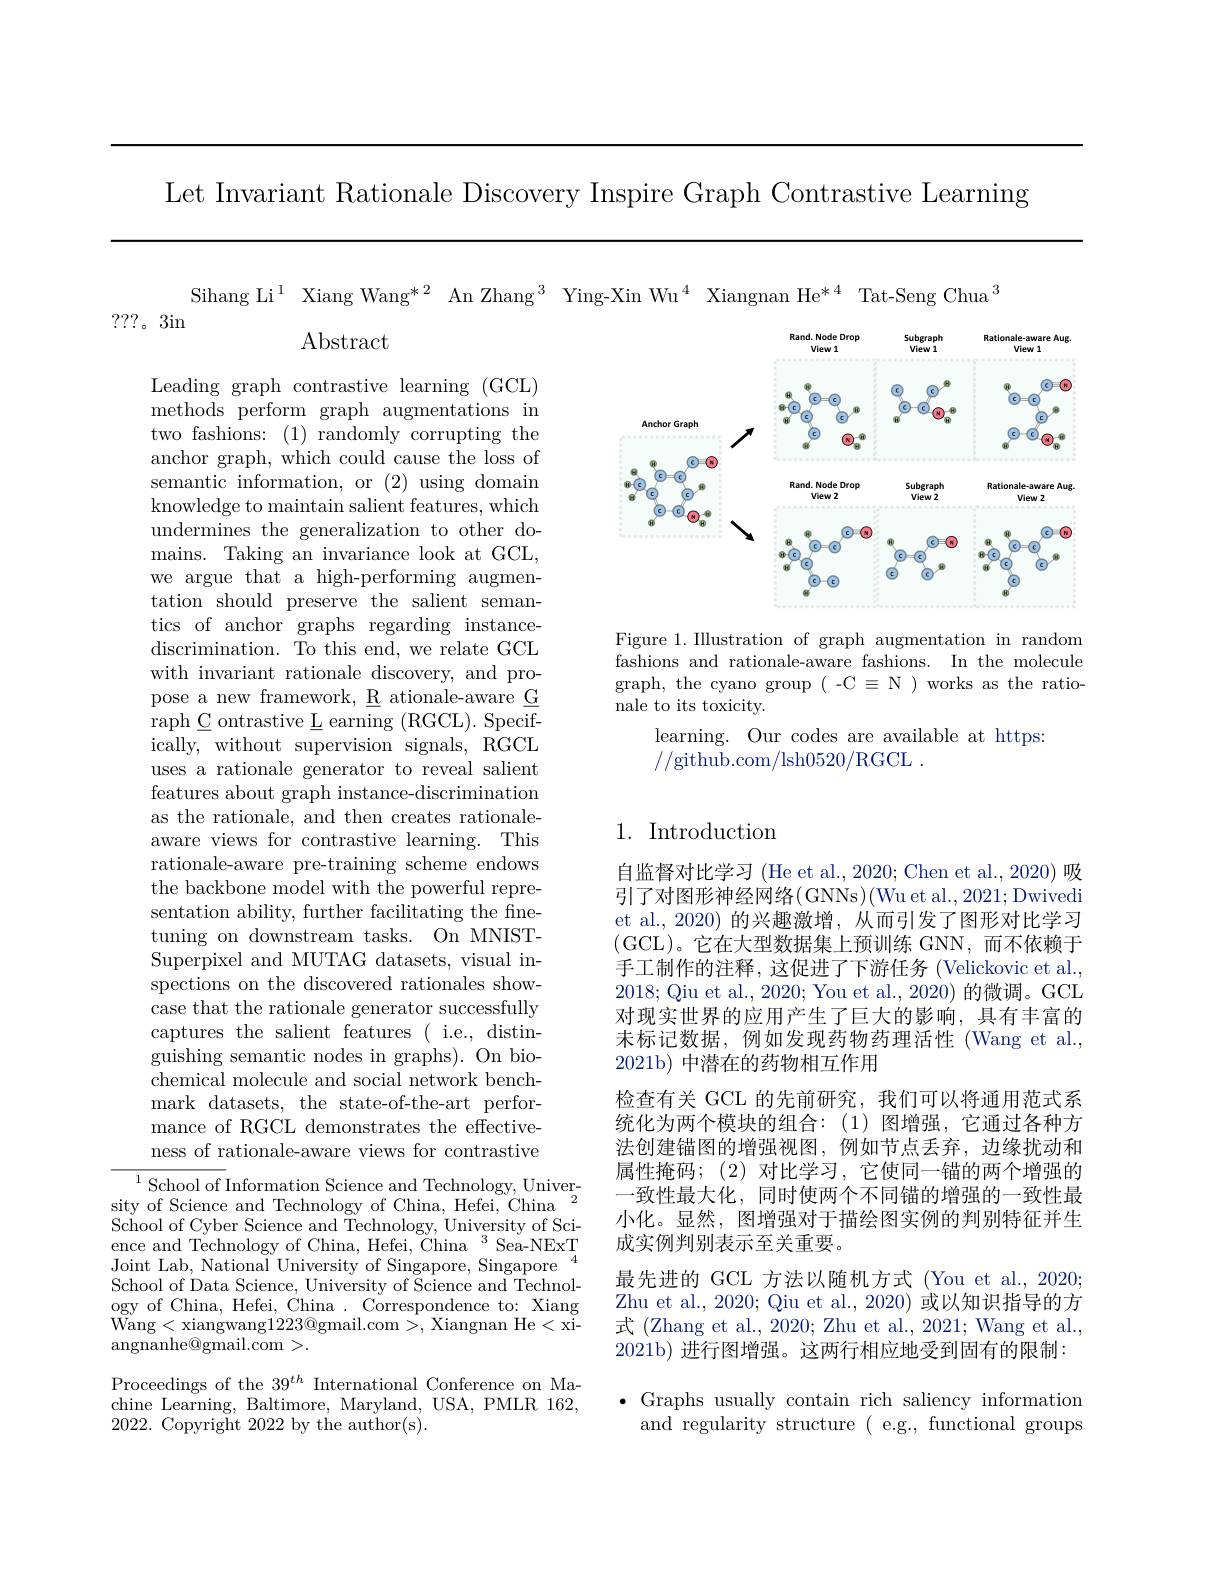
Let Invariant Rationale Discovery Inspire Graph Contrastive Learning

Sihang Li$^1$ Xiang Wang*2 An Zhang$^3$ Ying-Xin Wu$^4$ Xiangnan He$^*4$ Tat-Seng Chua$^3$
???。3in
Abstract
<FigureHere>

Figure 1. Illustration of graph augmentation in random fashions and rationale-aware fashions. In the molecule graph, the cyano group (-C $\equiv$N )works as the rationale to its toxicity.
learning. Our codes are available at https:
//github.com/lsh0520/RGCL.

Leading graph contrastive learning (GCL) methods perform graph augmentations in two fashions: (1) randomly corrupting the anchor graph, which could cause the loss of semantic information, or (2) using domain knowledge to maintain salient features, which undermines the generalization to other domains. Taking an invariance look at GCL, we argue that a high-performing augmentation should preserve the salient semantics of anchor graphs regarding instancediscrimination. To this end, we relate GCL with invariant rationale discovery, and propose a new framework, R ationale-aware G raph C ontrastive L earning (RGCL). Specifically, without supervision signals, RGCL uses a rationale generator to reveal salient features about graph instance-discrimination as the rationale, and then creates rationaleaware views for contrastive learning. This rationale-aware pre-training scheme endows the backbone model with the powerful representation ability, further facilitating the finetuning on downstream tasks. On MNISTSuperpixel and MUTAG datasets, visual inspections on the discovered rationales showcase that the rationale generator successfully captures the salient features ( i.e., distinguishing semantic nodes in graphs). On biochemical molecule and social network benchmark datasets, the state-of-the-art performance of RGCL demonstrates the effectiveness of rationale-aware views for contrastive $^{1}$School of Information Science and Technology, Univer-

## 1. Introduction

自监督对比学习 (He et al., 2020; Chen et al., 2020) 吸引了对图形神经网络(GNNs)(Wu et al., 2021; Dwivedi et al., 2020) 的兴趣激增，从而引发了图形对比学习(GCL)。它在大型数据集上预训练 GNN,而不依赖于手工制作的注释，这促进了下游任务 (Velickovic et al. 2018; Qiu et al., 2020; You et al., 2020) 的微调。GCL 对现实世界的应用产生了巨大的影响，具有丰富的末标记数据，例如发现药物药理活性(Wang et al., 2021b) 中潜在的药物相互作用
检查有关 GCL 的先前研究，我们可以将通用范式系统化为两个模块的组合：(1)图增强，它通过各种方法创建锚图的增强视图，例如节点丢弃，边缘扰动和属性掩码；(2)对比学习，它使同一锚的两个增强的一致性最大化，同时使两个不同锚的增强的一致性最小化。显然，图增强对于描绘图实例的判别特征并生成实例判别表示至关重要。
最先进的 GCL 方法以随机方式 (You et al., 2020; Zhu et al., 2020; Qiu et al., 2020) 或以知识指导的方式 (Zhang et al., 2020; Zhu et al., 2021; Wang et al., 2021b) 进行图增强。这两行相应地受到固有的限制： $\bullet$ Graphs usually contain rich saliency information
and regularity structure ( e.g., functional groups

sity of Science and Technology of China, Hefei, China $^2$ School of Cyber Science and Technology, University of Science and Technology of China, Hefei, China $^3$Sea-NExT Joint Lab, National University of Singapore, Singapore School of Data Science, University of Science and Technology of China, Hefei, China . Correspondence to: Xiang Wang< xiangwang1223@ gmail. com> , Xiangnan He< xi- $\bar{\mathrm{angnanhe@gmail.com}}>.$

Proceedings of the $39^th$ International Conference on Machine Learning, Baltimore, Maryland, USA, PMLR 162, 2022. Copyright 2022 by the author(s).